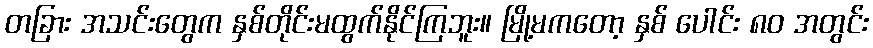
တခြား အသင်းတွေက နှစ်တိုင်းမထွက်နိုင်ကြဘူး။ မြို့မကတော့ နှစ် ပေါင်း ၈၀ အတွင်း